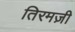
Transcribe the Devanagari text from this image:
तिरमज़ी